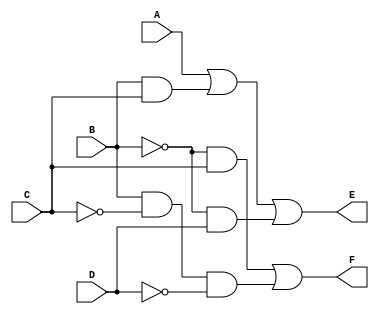
// Verilog model: Circuit with Boolean expressions

module Circuit_Boolean_CA (E, F, A, B, C, D);
	output E, F;
	input A, B, C, D;	
	
	assign E = A || (B && C) || ((!B) && D);
	assign F = ((!B) && C) || (B && (!C) && (!D)); 
	
endmodule